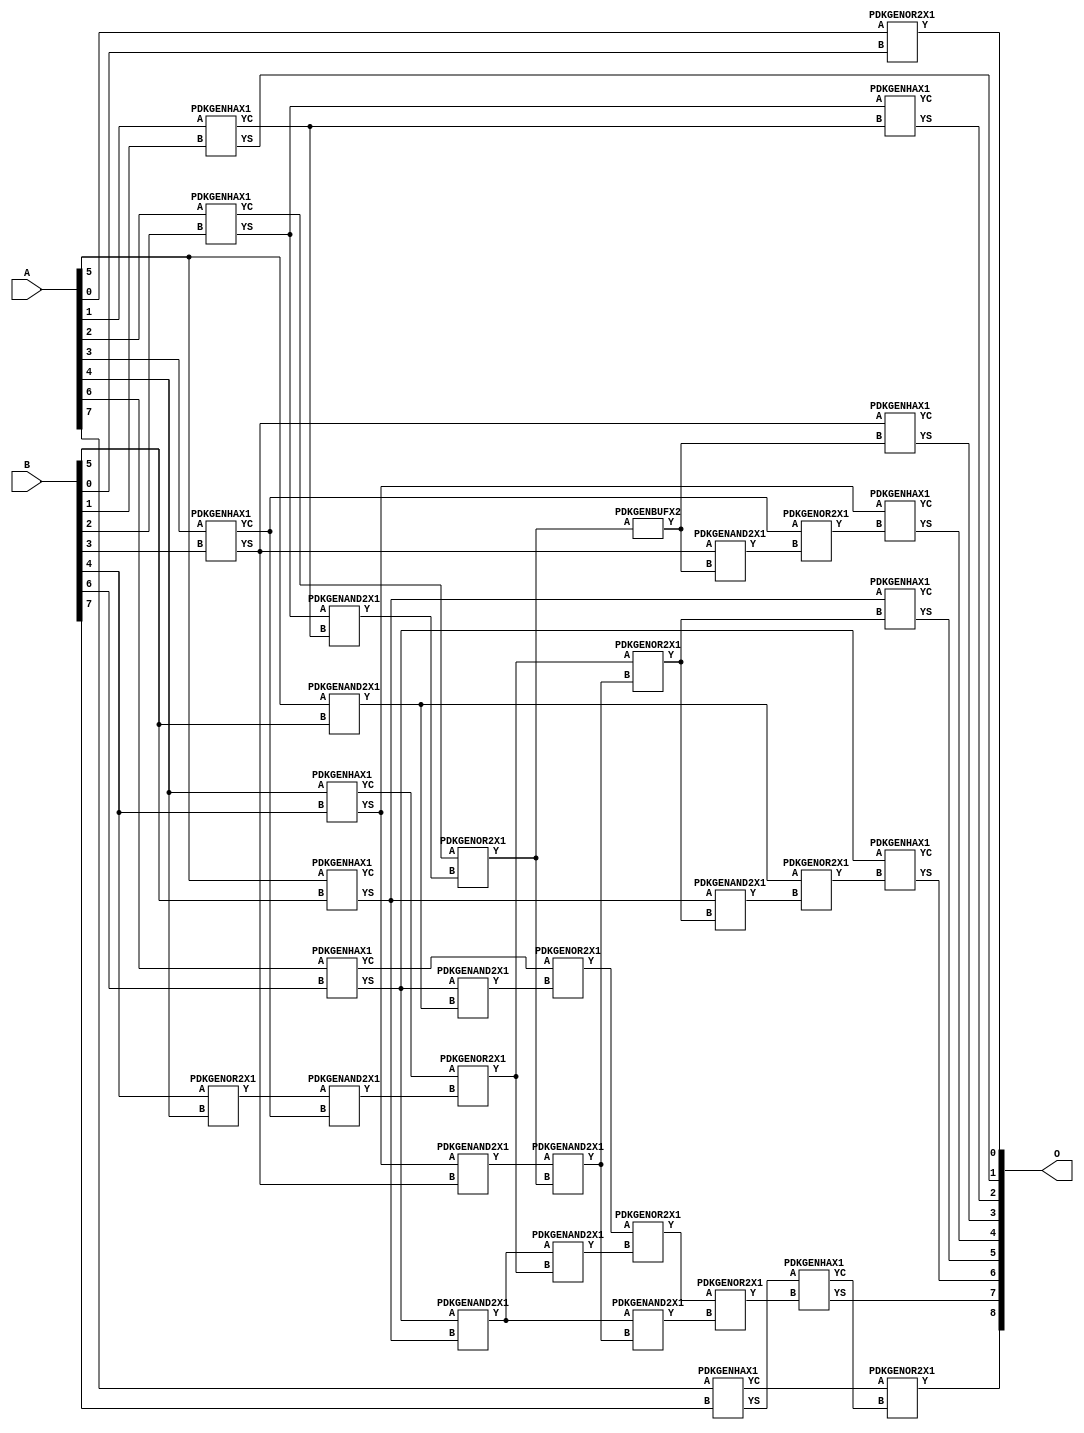
/***
* This code is a part of EvoApproxLib library (ehw.fit.vutbr.cz/approxlib) distributed under The MIT License.
* When used, please cite the following article(s): PRABAKARAN B. S., MRAZEK V., VASICEK Z., SEKANINA L., SHAFIQUE M. ApproxFPGAs: Embracing ASIC-based Approximate Arithmetic Components for FPGA-Based Systems. DAC 2020. 
***/
// MAE% = 0.039 %
// MAE = 0.2 
// WCE% = 0.20 %
// WCE = 1.0 
// WCRE% = 50.00 %
// EP% = 25.00 %
// MRE% = 0.14 %
// MSE = 0.2 
// FPGA_POWER = 0.34
// FPGA_DELAY = 7.4
// FPGA_LUT = 12


module add8u_5K5(A, B, O);
  input [7:0] A;
  input [7:0] B;
  output [8:0] O;
  wire [2031:0] N;
  assign N[0] = A[0];
  assign N[1] = A[0];
  assign N[2] = A[1];
  assign N[3] = A[1];
  assign N[4] = A[2];
  assign N[5] = A[2];
  assign N[6] = A[3];
  assign N[7] = A[3];
  assign N[8] = A[4];
  assign N[9] = A[4];
  assign N[10] = A[5];
  assign N[11] = A[5];
  assign N[12] = A[6];
  assign N[13] = A[6];
  assign N[14] = A[7];
  assign N[15] = A[7];
  assign N[16] = B[0];
  assign N[17] = B[0];
  assign N[18] = B[1];
  assign N[19] = B[1];
  assign N[20] = B[2];
  assign N[21] = B[2];
  assign N[22] = B[3];
  assign N[23] = B[3];
  assign N[24] = B[4];
  assign N[25] = B[4];
  assign N[26] = B[5];
  assign N[27] = B[5];
  assign N[28] = B[6];
  assign N[29] = B[6];
  assign N[30] = B[7];
  assign N[31] = B[7];
  PDKGENOR2X1 n32(.A(N[0]), .B(N[16]), .Y(N[32]));
  PDKGENHAX1 n40(.A(N[2]), .B(N[18]), .YS(N[40]), .YC(N[41]));
  PDKGENHAX1 n50(.A(N[4]), .B(N[20]), .YS(N[50]), .YC(N[51]));
  PDKGENHAX1 n58(.A(N[6]), .B(N[22]), .YS(N[58]), .YC(N[59]));
  PDKGENHAX1 n68(.A(N[8]), .B(N[24]), .YS(N[68]), .YC(N[69]));
  PDKGENHAX1 n78(.A(N[10]), .B(N[26]), .YS(N[78]), .YC(N[79]));
  PDKGENHAX1 n86(.A(N[12]), .B(N[28]), .YS(N[86]), .YC(N[87]));
  PDKGENOR2X1 n88(.A(N[24]), .B(N[8]), .Y(N[88]));
  PDKGENHAX1 n96(.A(N[14]), .B(N[30]), .YS(N[96]), .YC(N[97]));
  PDKGENAND2X1 n106(.A(N[50]), .B(N[41]), .Y(N[106]));
  PDKGENAND2X1 n110(.A(N[10]), .B(N[26]), .Y(N[110]));
  assign N[111] = N[110];
  PDKGENOR2X1 n124(.A(N[51]), .B(N[106]), .Y(N[124]));
  assign N[125] = N[124];
  PDKGENAND2X1 n134(.A(N[88]), .B(N[59]), .Y(N[134]));
  PDKGENAND2X1 n142(.A(N[68]), .B(N[58]), .Y(N[142]));
  assign N[143] = N[142];
  PDKGENOR2X1 n152(.A(N[69]), .B(N[134]), .Y(N[152]));
  PDKGENAND2X1 n162(.A(N[86]), .B(N[110]), .Y(N[162]));
  PDKGENAND2X1 n170(.A(N[86]), .B(N[78]), .Y(N[170]));
  PDKGENOR2X1 n180(.A(N[87]), .B(N[162]), .Y(N[180]));
  PDKGENBUFX2 n198(.A(N[125]), .Y(N[198]));
  assign N[199] = N[198];
  PDKGENAND2X1 n208(.A(N[143]), .B(N[125]), .Y(N[208]));
  PDKGENOR2X1 n226(.A(N[152]), .B(N[208]), .Y(N[226]));
  assign N[227] = N[226];
  PDKGENAND2X1 n236(.A(N[170]), .B(N[152]), .Y(N[236]));
  PDKGENAND2X1 n244(.A(N[170]), .B(N[208]), .Y(N[244]));
  assign N[245] = N[244];
  PDKGENOR2X1 n254(.A(N[180]), .B(N[236]), .Y(N[254]));
  PDKGENOR2X1 n292(.A(N[254]), .B(N[245]), .Y(N[292]));
  assign N[293] = N[292];
  PDKGENAND2X1 n320(.A(N[58]), .B(N[199]), .Y(N[320]));
  PDKGENOR2X1 n328(.A(N[59]), .B(N[320]), .Y(N[328]));
  assign N[329] = N[328];
  PDKGENAND2X1 n338(.A(N[78]), .B(N[227]), .Y(N[338]));
  PDKGENOR2X1 n348(.A(N[111]), .B(N[338]), .Y(N[348]));
  PDKGENHAX1 n366(.A(N[50]), .B(N[41]), .YS(N[366]), .YC(N[367]));
  PDKGENHAX1 n376(.A(N[58]), .B(N[198]), .YS(N[376]), .YC(N[377]));
  PDKGENHAX1 n384(.A(N[68]), .B(N[329]), .YS(N[384]), .YC(N[385]));
  PDKGENHAX1 n394(.A(N[78]), .B(N[226]), .YS(N[394]), .YC(N[395]));
  PDKGENHAX1 n404(.A(N[86]), .B(N[348]), .YS(N[404]), .YC(N[405]));
  PDKGENHAX1 n412(.A(N[96]), .B(N[293]), .YS(N[412]), .YC(N[413]));
  PDKGENOR2X1 n422(.A(N[97]), .B(N[413]), .Y(N[422]));
  assign O[0] = N[32];
  assign O[1] = N[40];
  assign O[2] = N[366];
  assign O[3] = N[376];
  assign O[4] = N[384];
  assign O[5] = N[394];
  assign O[6] = N[404];
  assign O[7] = N[412];
  assign O[8] = N[422];
endmodule


/* mod */
module PDKGENBUFX2(input A, output Y );
     assign Y = A;
endmodule
/* mod */
module PDKGENHAX1( input A, input B, output YS, output YC );
    assign YS = A ^ B;
    assign YC = A & B;
endmodule
/* mod */
module PDKGENAND2X1(input A, input B, output Y );
     assign Y = A & B;
endmodule
/* mod */
module PDKGENOR2X1(input A, input B, output Y );
     assign Y = A | B;
endmodule